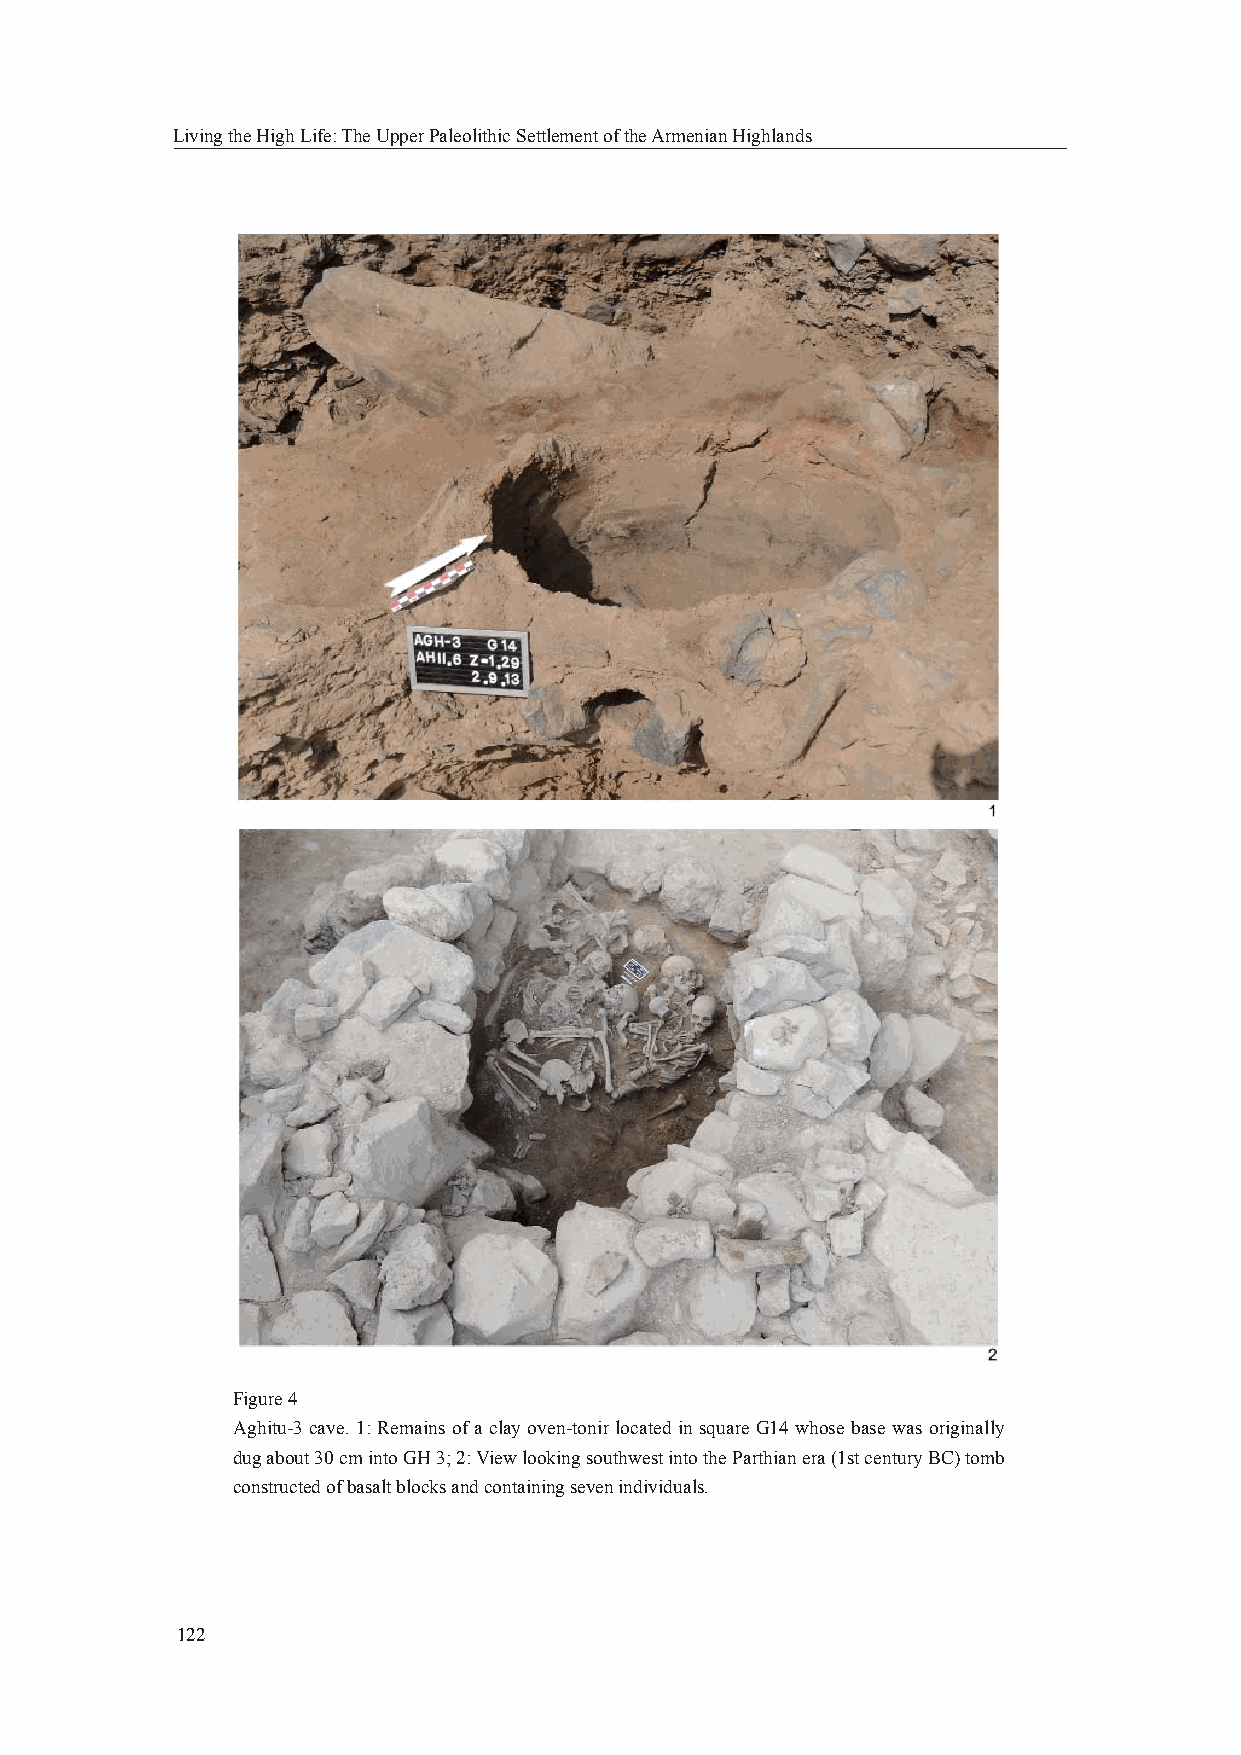
Living the High Life: The Upper Paleolithic Settlement of the Armenian Highlands
 Figure 4
 Aghitu-3 cave. 1: Remains of a clay oven-tonir located in square G14 whose base was originally
 dug about 30 cm into GH 3; 2: View looking southwest into the Parthian era (1st century BC) tomb
 constructed of basalt blocks and containing seven individuals.
 122